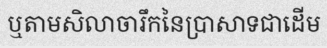
ឬតាមសិលាចារឹកនៃប្រាសាទជាដើម